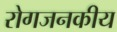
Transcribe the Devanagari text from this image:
रोगजनकीय